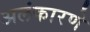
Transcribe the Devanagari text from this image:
अलंकारणे